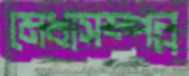
মেধাসম্পন্ন